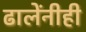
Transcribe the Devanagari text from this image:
ढालेंनीही